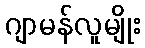
ဂျာမန်လူမျိုး